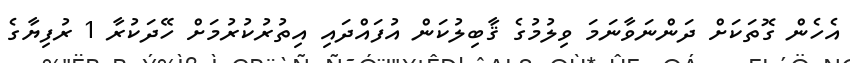
އެހެން ގޮތަކަށް ދަންނަވާނަމަ ވިލުމުގެ ޤާބިލުކަން އުފައްދައި އިތުރުކުރުމަށް ހޭދަކުރާ 1 ރުފިޔާގެ